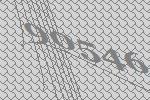
90546